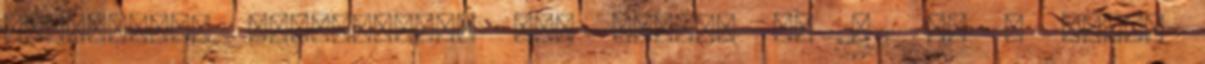
gyakorlati oktatásához OKJ száma: 34 811 05 A napló